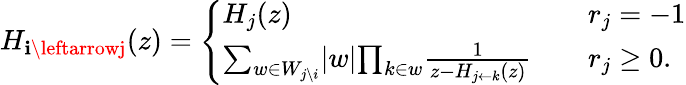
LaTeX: H_{\mathbf{i}\leftarrowj}(z)=\left\{ \begin{array}{ll}{H_{j}(z)\quad}&{r_{j}=-1}\\ {{\sum_{w\in W_{j\setminus i}}}\vert w\vert{\prod_{k\in w}}{\frac{1}{z-H_{j\leftarrow k}(z)}}\quad}&{r_{j}\geq 0.}\end{array}\right.